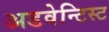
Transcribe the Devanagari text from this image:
अडवेन्टिस्ट